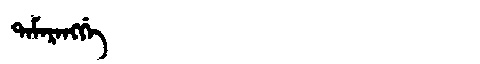
Manchu: ᡨᠠᠮᠠᡵᠠᠩᡤᡝ
Romanization: TAMARANGGE